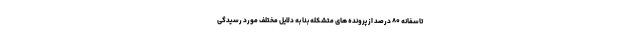
تاسفانه ۸۰ درصد از پرونده های متشکله بنا به دلایل مختلف مورد رسیدگی